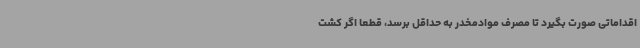
اقداماتی صورت بگیرد تا مصرف موادمخدر به حداقل برسد، قطعا اگر کشت